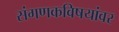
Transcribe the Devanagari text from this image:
संगणकविषयांवर